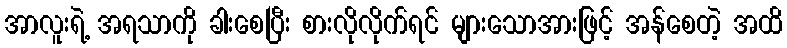
အာလူးရဲ့ အရသာကို ခါးစေပြီး စားလိုလိုက်ရင် များသောအားဖြင့် အန်စေတဲ့ အထိ